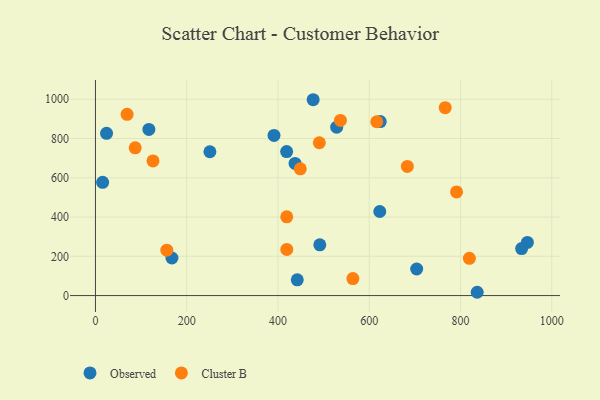
{"axis": {"x": "Investment", "y": "Sales"}, "legend": ["Cluster B", "Observed"], "data": [{"x": "419.0", "y": 733.4, "type": "Observed"}, {"x": "624.1", "y": 886.4, "type": "Observed"}, {"x": "24.3", "y": 826.6, "type": "Observed"}, {"x": "836.6", "y": 16.8, "type": "Observed"}, {"x": "167.6", "y": 191.5, "type": "Observed"}, {"x": "528.7", "y": 858.1, "type": "Observed"}, {"x": "946.6", "y": 270.8, "type": "Observed"}, {"x": "117.1", "y": 846.3, "type": "Observed"}, {"x": "623.1", "y": 428.3, "type": "Observed"}, {"x": "15.7", "y": 576.7, "type": "Observed"}, {"x": "934.0", "y": 239.2, "type": "Observed"}, {"x": "491.7", "y": 258.6, "type": "Observed"}, {"x": "250.8", "y": 732.6, "type": "Observed"}, {"x": "477.1", "y": 997.7, "type": "Observed"}, {"x": "391.3", "y": 815.7, "type": "Observed"}, {"x": "437.4", "y": 673.3, "type": "Observed"}, {"x": "704.0", "y": 135.4, "type": "Observed"}, {"x": "442.3", "y": 80.3, "type": "Observed"}, {"x": "87.1", "y": 752.8, "type": "Cluster B"}, {"x": "683.5", "y": 657.8, "type": "Cluster B"}, {"x": "536.9", "y": 892.2, "type": "Cluster B"}, {"x": "819.5", "y": 189.7, "type": "Cluster B"}, {"x": "419.3", "y": 235.0, "type": "Cluster B"}, {"x": "490.6", "y": 778.5, "type": "Cluster B"}, {"x": "616.5", "y": 885.5, "type": "Cluster B"}, {"x": "766.5", "y": 957.0, "type": "Cluster B"}, {"x": "791.4", "y": 528.2, "type": "Cluster B"}, {"x": "448.9", "y": 645.5, "type": "Cluster B"}, {"x": "419.2", "y": 401.2, "type": "Cluster B"}, {"x": "156.4", "y": 231.5, "type": "Cluster B"}, {"x": "126.1", "y": 686.1, "type": "Cluster B"}, {"x": "564.2", "y": 86.7, "type": "Cluster B"}, {"x": "69.3", "y": 923.5, "type": "Cluster B"}]}